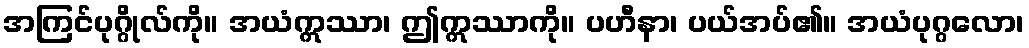
အကြင်ပုဂ္ဂိုလ်ကို။ အယံဣဿာ၊ ဤဣဿာကို။ ပဟီနာ၊ ပယ်အပ်၏။ အယံပုဂ္ဂလော၊